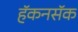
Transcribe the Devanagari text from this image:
हॅकनसॅक